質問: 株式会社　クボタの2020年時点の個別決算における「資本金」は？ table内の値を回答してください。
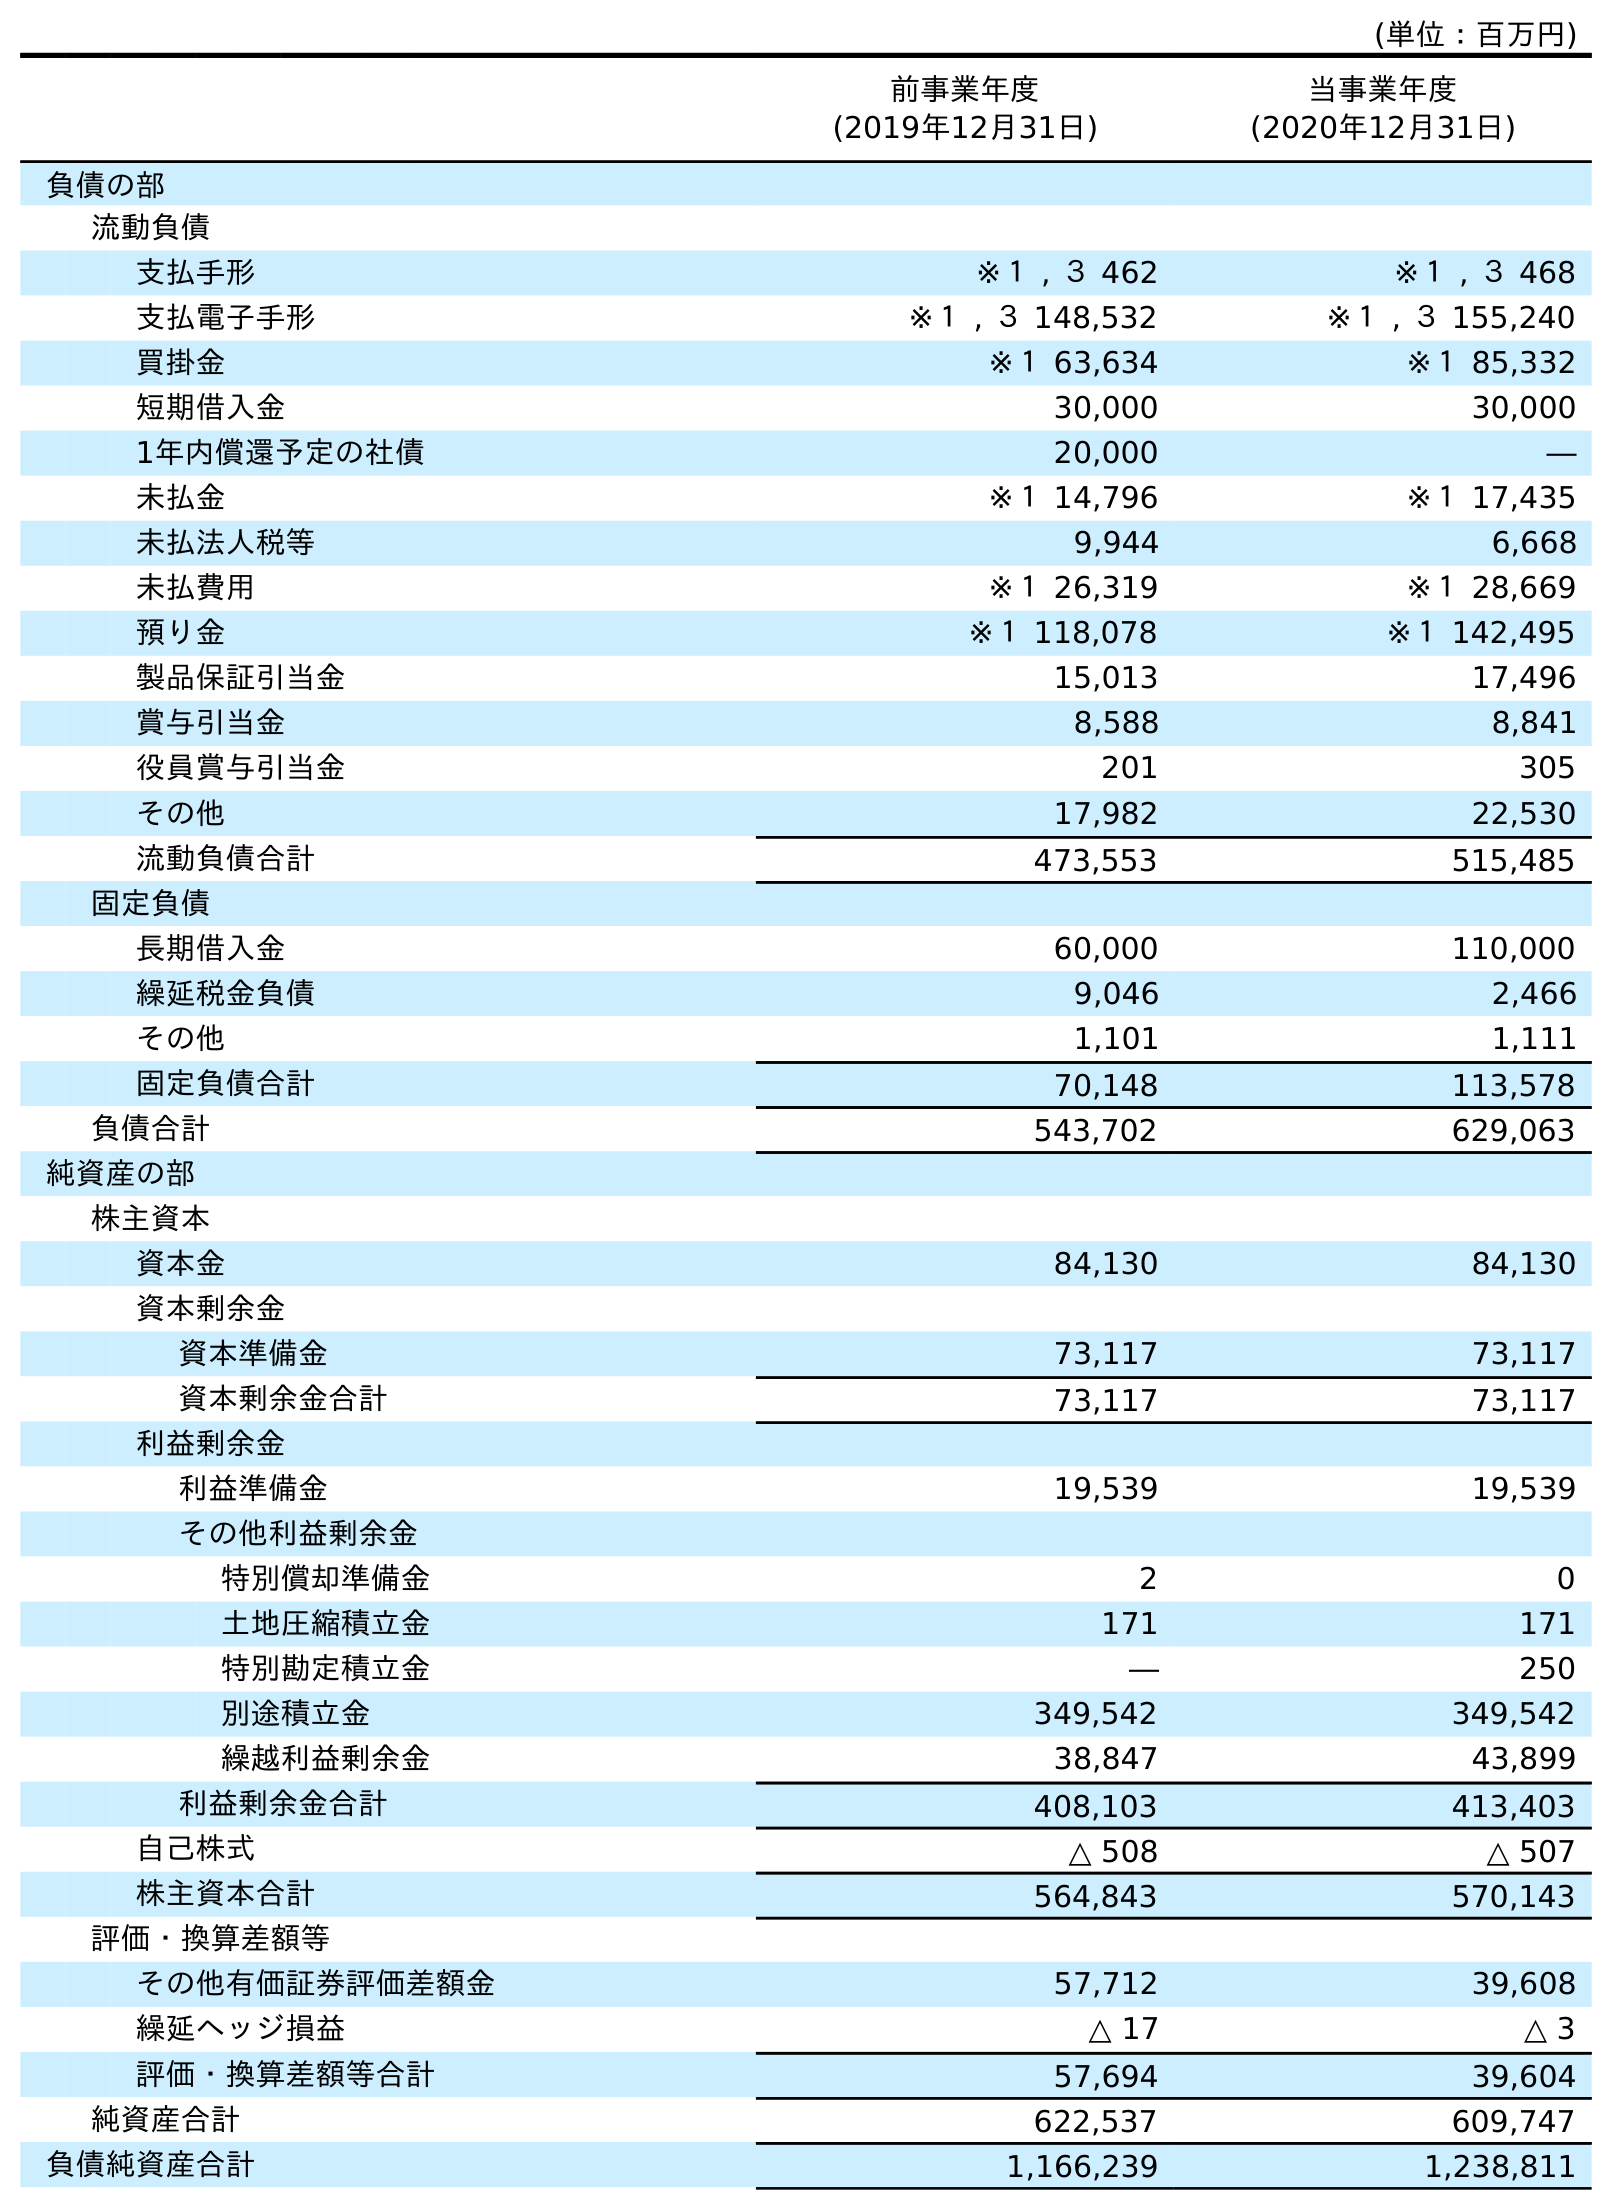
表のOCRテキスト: (単位：百万円) 前事業年度 (2019年12月31日) 当事業年度 (2020年12月31日) 負債の部 流動負債 支払手形 ※１ , ３ 462 ※１ , ３ 468 支払電子手形 ※１ , ３ 148,532 ※１ , ３ 155,240 買掛金 ※１ 63,634 ※１ 85,332 短期借入金 30,000 30,000 1年内償還予定の社債 20,000 ― 未払金 ※１ 14,796 ※１ 17,435 未払法人税等 9,944 6,668 未払費用 ※１ 26,319 ※１ 28,669 預り金 ※１ 118,078 ※１ 142,495 製品保証引当金 15,013 17,496 賞与引当金 8,588 8,841 役員賞与引当金 201 305 その他 17,982 22,530 流動負債合計 473,553 515,485 固定負債 長期借入金 60,000 110,000 繰延税金負債 9,046 2,466 その他 1,101 1,111 固定負債合計 70,148 113,578 負債合計 543,702 629,063 純資産の部 株主資本 資本金 84,130 84,130 資本剰余金 資本準備金 73,117 73,117 資本剰余金合計 73,117 73,117 利益剰余金 利益準備金 19,539 19,539 その他利益剰余金 特別償却準備金 2 0 土地圧縮積立金 171 171 特別勘定積立金 ― 250 別途積立金 349,542 349,542 繰越利益剰余金 38,847 43,899 利益剰余金合計 408,103 413,403 自己株式 △ 508 △ 507 株主資本合計 564,843 570,143 評価・換算差額等 その他有価証券評価差額金 57,712 39,608 繰延ヘッジ損益 △ 17 △ 3 評価・換算差額等合計 57,694 39,604 純資産合計 622,537 609,747 負債純資産合計 1,166,239 1,238,811
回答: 84,130